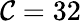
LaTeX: \mathcal{C}=32